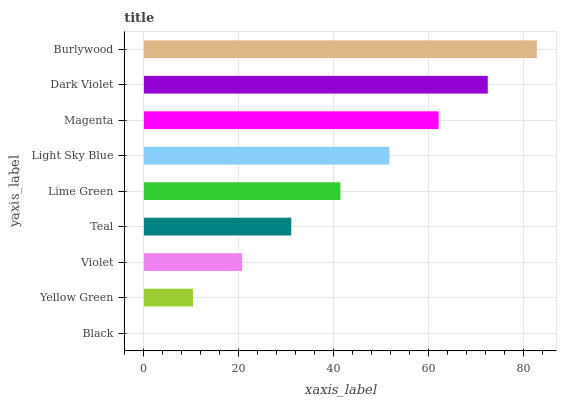
| yaxis_label | bars |
 | --- | --- |
 | Black | 0 |
 | Yellow Green | 10.3 |
 | Violet | 20.7 |
 | Teal | 31 |
 | Lime Green | 41.4 |
 | Light Sky Blue | 51.7 |
 | Magenta | 62.1 |
 | Dark Violet | 72.4 |
 | Burlywood | 82.7 |